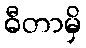
ဓီတာမှိ